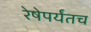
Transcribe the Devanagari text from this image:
रेषेपर्यंतच